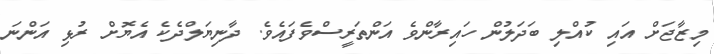
މިޒާޖަށް އައި ކުއްލި ބަދަލުން ހައިރާންވެ އަންތަރީސްވެފައެވެ. ދާނިޔަލްދެކެ އެޔޮށް ރުޅި އަންނަ